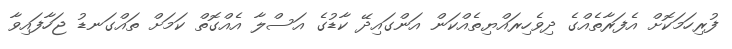
ފުރިހަމަކޮށް އެފަރާތެއްގެ ދިވެހިރައްޔިތެއްކަން އަންގައިދޭ ކާޑުގެ އަސްލާ އެއްގޮތް ކަމަށް ތައްގަނޑު ޖަހާފައިވާ